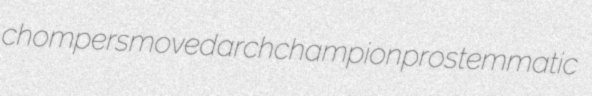
chompers moved archchampion prostemmatic